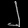
Digit: ၂